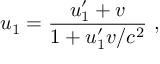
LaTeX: u _ { 1 } = { \frac { u _ { 1 } ^ { \prime } + v } { 1 + u _ { 1 } ^ { \prime } v / c ^ { 2 } } } \ ,